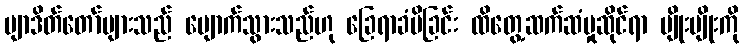
ဗျာဒိတ်တော်များသည် ပျောက်သွားသည်ဟု ခြေရာခံမိခြင်း ထိတွေ့ဆက်ဆံမှုဆိုင်ရာ မျိုးမျိုးကို